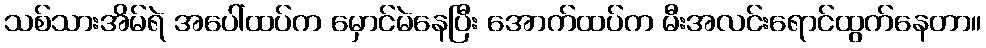
သစ်သားအိမ်ရဲ အပေါ်ထပ်က မှောင်မဲနေပြီး အောက်ထပ်က မီးအလင်းရောင်ထွက်နေတာ။